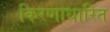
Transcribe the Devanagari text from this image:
किरणाधारित